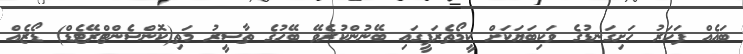
ބައެއް ފަހަރު ހަށިގަނޑުގެ ވަކިބަޔަކަށް ކީމޯތެރަޕީގައި ބޭނުންކުރެވޭ ބޭހުގެ ތާސީރު މަތި(ކޮންސެންޓްރޭޓެޑް) ޑޯޒެއް